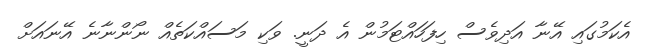
އެކަމުގައި އޭނާ އަދިވެސް ހިފަހައްޓަމުން އެ ދަނީ. ވަކި މަސައްކަތެއް ނޯންނާނެ އޭނައަށް